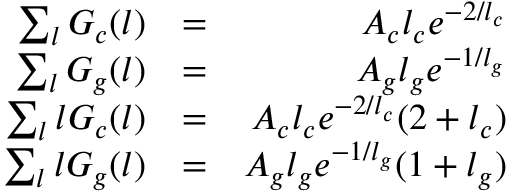
\begin{array} { r l r } { \sum _ { l } G _ { c } ( l ) } & { = } & { A _ { c } l _ { c } e ^ { - 2 / l _ { c } } } \\ { \sum _ { l } G _ { g } ( l ) } & { = } & { A _ { g } l _ { g } e ^ { - 1 / l _ { g } } } \\ { \sum _ { l } l G _ { c } ( l ) } & { = } & { A _ { c } l _ { c } e ^ { - 2 / l _ { c } } ( 2 + l _ { c } ) } \\ { \sum _ { l } l G _ { g } ( l ) } & { = } & { A _ { g } l _ { g } e ^ { - 1 / l _ { g } } ( 1 + l _ { g } ) } \end{array}